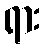
ရား